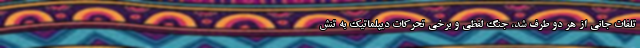
تلفات جانی از هر دو طرف شد، جنگ لفظی و برخی تحرکات دیپلماتیک به تنش